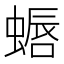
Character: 𫋏